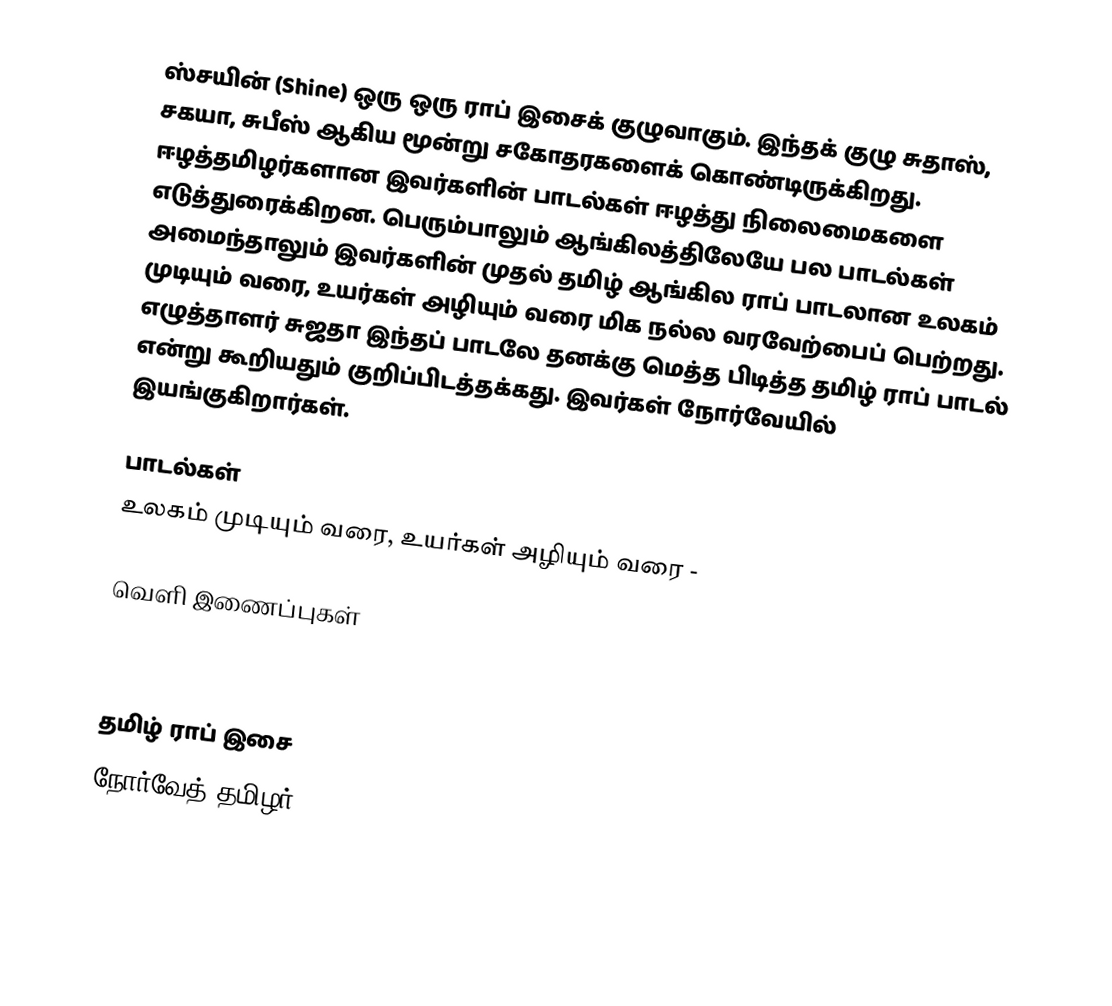
ஸ்சயின் (Shine) ஒரு ஒரு ராப் இசைக் குழுவாகும். இந்தக் குழு சுதாஸ், சகயா, சுபீஸ் ஆகிய மூன்று சகோதரகளைக் கொண்டிருக்கிறது. ஈழத்தமிழர்களான இவர்களின் பாடல்கள் ஈழத்து நிலைமைகளை எடுத்துரைக்கிறன. பெரும்பாலும் ஆங்கிலத்திலேயே பல பாடல்கள் அமைந்தாலும் இவர்களின் முதல் தமிழ் ஆங்கில ராப் பாடலான உலகம் முடியும் வரை, உயர்கள் அழியும் வரை  மிக நல்ல வரவேற்பைப் பெற்றது. எழுத்தாளர் சுஜதா இந்தப் பாடலே தனக்கு மெத்த பிடித்த தமிழ் ராப் பாடல் என்று கூறியதும் குறிப்பிடத்தக்கது. இவர்கள் நோர்வேயில் இயங்குகிறார்கள்.

பாடல்கள்
 உலகம் முடியும் வரை, உயர்கள் அழியும் வரை -

வெளி இணைப்புகள்
 Shine
 http://www.myspace.com/shineftloca

தமிழ் ராப் இசை
நோர்வேத் தமிழர்